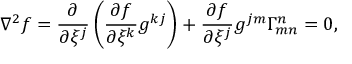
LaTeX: \nabla ^ { 2 } f = { \frac { \partial } { \partial \xi ^ { j } } } \left( { \frac { \partial f } { \partial \xi ^ { k } } } g ^ { k j } \right) + { \frac { \partial f } { \partial \xi ^ { j } } } g ^ { j m } \Gamma _ { m n } ^ { n } = 0 ,